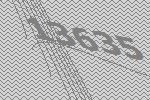
13635